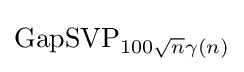
\operatorname {GapSVP} _{100{\sqrt {n}}\gamma (n)}